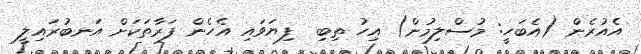
އެއުރެން (އެބަހީ: މުސްލިމުން) އިހު ތިބި  ފިޔަވައި އެހެން ފަރާތަކަށް އަނބުރައިލީ